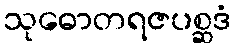
သုဓောတရဇပစ္ဆဒံ